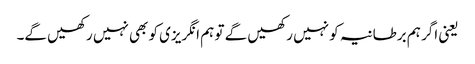
یعنی اگر ہم برطانیہ کو نہیں رکھیں گے تو ہم انگریزی کو بھی نہیں رکھیں گے۔